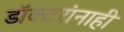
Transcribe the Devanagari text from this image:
डॉक्टरांनाही